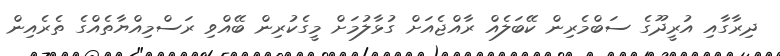
ދިރާގާއި އުރީދޫގެ ސަބްމެރިން ކޭބަލެއް ރާއްޖެއަށް ގުޅާލުމަށް މީގެކުރިން ބޭއްވި ރަސްމިއްޔާތެއްގެ ތެރެއިން